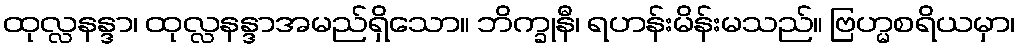
ထုလ္လနန္ဒာ၊ ထုလ္လနန္ဒာအမည်ရှိသော။ ဘိက္ခုနီ၊ ရဟန်းမိန်းမသည်။ ဗြဟ္မစရိယမှာ၊